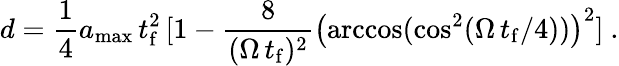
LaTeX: d=\frac{1}{4}a_{\mathrm{max}}\, t_{\mathrm{f}}^{2}\, [1-\frac{8}{(\Omega\, t_{\mathrm{f}})^{2}}\left(\operatorname{arccos}(\cos^{2}(\Omega\, t_{\mathrm{f}}/4))\right)^{2}]~.